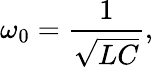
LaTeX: \omega_{0}={\frac{1}{\sqrt{LC}}},